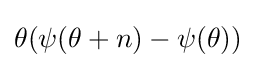
\theta (\psi (\theta +n)-\psi (\theta ))